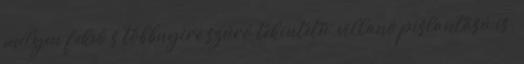
mélyen fekvő s többnyire szúró tekintetű, villanó pislantású is.